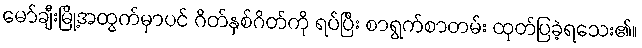
မော်ချီးမြို့အထွက်မှာပင် ဂိတ်နှစ်ဂိတ်ကို ရပ်ပြီး စာရွက်စာတမ်း ထုတ်ပြခဲ့ရသေး၏။